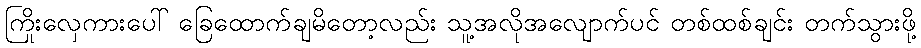
ကြိုးလှေကားပေါ် ခြေထောက်ချမိတော့လည်း သူ့အလိုအလျောက်ပင် တစ်ထစ်ချင်း တက်သွားဖို့